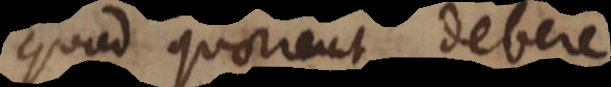
quod quaerunt debere